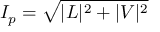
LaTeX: I _ { p } = { \sqrt { | L | ^ { 2 } + | V | ^ { 2 } } }